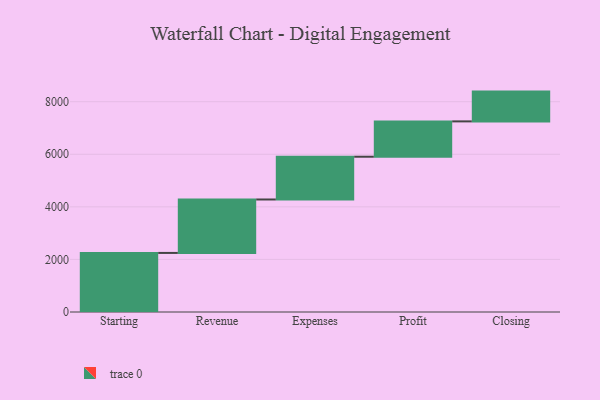
{"axis": {"x": "Step", "y": "Value"}, "legend": [""], "data": [{"x": "Starting", "y": 2247.0, "type": ""}, {"x": "Revenue", "y": 2033.0, "type": ""}, {"x": "Expenses", "y": 1627.0, "type": ""}, {"x": "Profit", "y": 1344.0, "type": ""}, {"x": "Closing", "y": 1133.0, "type": ""}]}